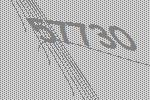
57730